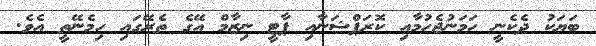
ބަޔަކު ދެކެނީ ހަމަނުޖެހުމާއި ކޮރަޕްޝަނާއި ޕާޓީ ނިޒާމް އޭގެ ތެރޭގައި ހިމެނޭތީ އެވެ.